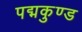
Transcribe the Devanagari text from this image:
पद्मकुण्ड